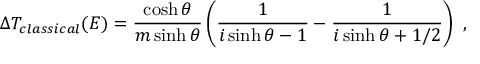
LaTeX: \Delta T _ { c l a s s i c a l } ( E ) = \frac { \cosh \theta } { m \sinh \theta } \left( \frac { 1 } { i \sinh \theta - 1 } - \frac { 1 } { i \sinh \theta + 1 / 2 } \right) \ ,